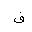
Letter: _fa